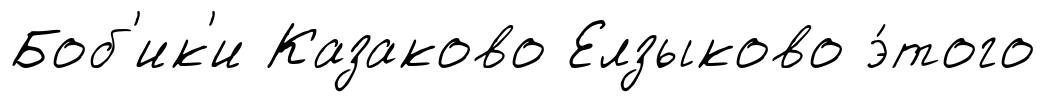
Боб'ик'и Казаково Елзыково э́того